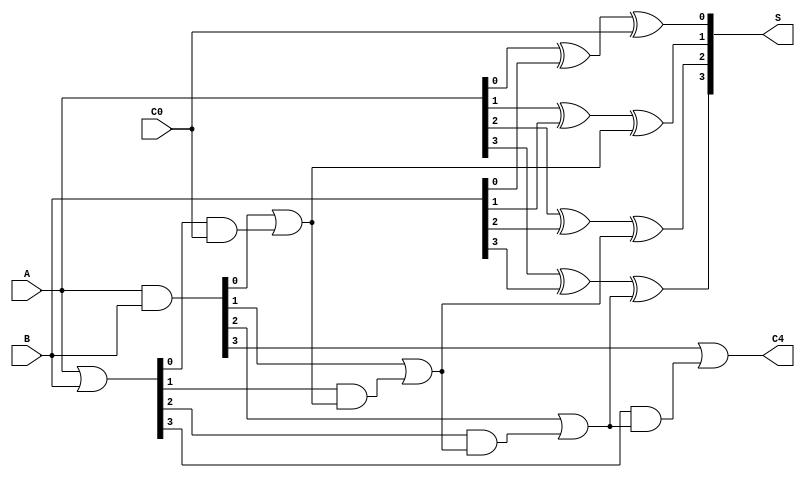
module CarryLookaheadAdder (
    input [3:0] A,    // 4-bit input A
    input [3:0] B,    // 4-bit input B
    input C0,         // Carry-in
    output [3:0] S,   // 4-bit sum output
    output C4         // Carry-out
);

    // Generate and Propagate signals
    wire [3:0] G;     // Generate signals
    wire [3:0] P;     // Propagate signals
    wire C1, C2, C3;  // Intermediate carry signals

    // Generate and Propagate logic
    assign G = A & B;           // G[i] = A[i] AND B[i]
    assign P = A | B;           // P[i] = A[i] OR B[i]

    // Carry signals calculations
    assign C1 = G[0] | (P[0] & C0);
    assign C2 = G[1] | (P[1] & C1);
    assign C3 = G[2] | (P[2] & C2);
    assign C4 = G[3] | (P[3] & C3);

    // Sum outputs calculations
    assign S[0] = A[0] ^ B[0] ^ C0;  // S[0] = A[0] XOR B[0] XOR C0
    assign S[1] = A[1] ^ B[1] ^ C1;  // S[1] = A[1] XOR B[1] XOR C1
    assign S[2] = A[2] ^ B[2] ^ C2;  // S[2] = A[2] XOR B[2] XOR C2
    assign S[3] = A[3] ^ B[3] ^ C3;  // S[3] = A[3] XOR B[3] XOR C3

endmodule